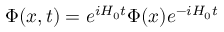
\Phi ( x , t ) = e ^ { i H _ { 0 } t } \Phi ( x ) e ^ { - i H _ { 0 } t }